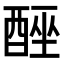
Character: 𮠮